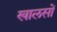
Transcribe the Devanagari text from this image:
खालसों